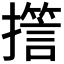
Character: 𭢪